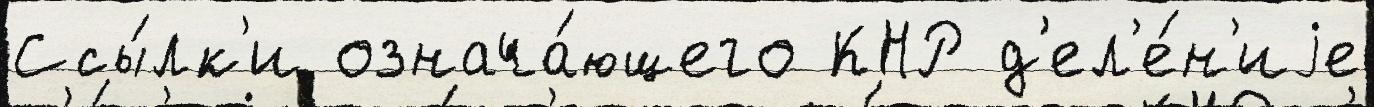
Ссы́лк'и означа́ющего КНР д'ел'е́н'иjе